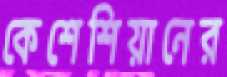
কেশেশিয়ানের